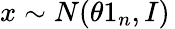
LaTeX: x\sim N(\theta 1_{n},I)\,